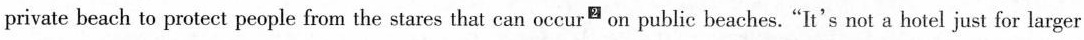
private beach to protect people from the stares that can occur^{2} on public beaches. "It's not a hotel just for larger